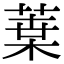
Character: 𦶫